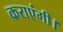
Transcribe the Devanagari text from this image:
कराएंगी।